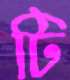
টি